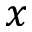
x